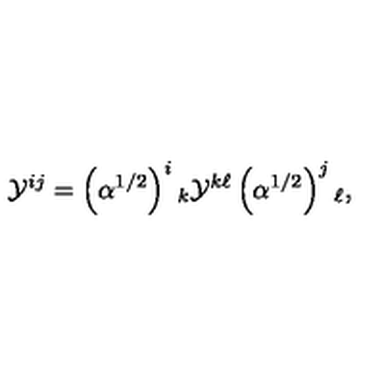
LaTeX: { \cal Y } ^ { i j } = \left( \alpha ^ { 1 / 2 } \right) ^ { i } { } _ { k } { \cal Y } ^ { k \ell } \left( \alpha ^ { 1 / 2 } \right) ^ { j } { } _ { \ell } ,